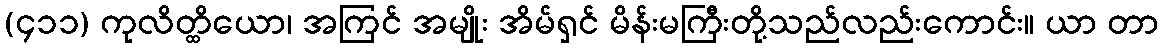
(၄၁၁) ကုလိတ္ထိယော၊ အကြင် အမျိုး အိမ်ရှင် မိန်းမကြီးတို့သည်လည်းကောင်း။ ယာ တာ